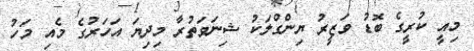
މިއީ ކުރީގެ ބޮޑު ވަޒީރު ޔިންގްލަކު ޝިނަވަތުރާ މިިދިޔަ އަހަރުގެ މެއި މަހު